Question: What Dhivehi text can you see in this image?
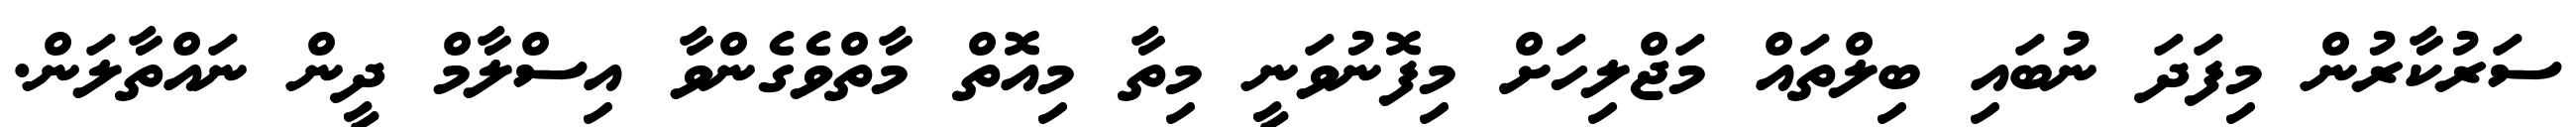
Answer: ސަރުކާރުން މިފަދަ ނުބައި ބިލްތައް މަޖްލިހަށް މިފޮނުވަނީ މިތާ މިއޮތް މާތްވެގެންވާ އިސްލާމް ދީން ނައްތާލަން.